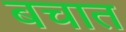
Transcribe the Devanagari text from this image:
बचात